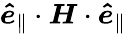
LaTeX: \boldsymbol{\hat{e}}_{\parallel}\cdot\boldsymbol{H}\cdot\boldsymbol{\hat{e}}_{\parallel}